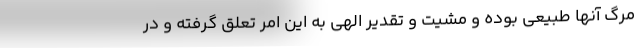
مرگ آنها طبیعی بوده و مشیت و تقدیر الهی به این امر تعلق گرفته و در